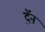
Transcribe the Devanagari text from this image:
द़ॅन